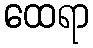
ထေရာ